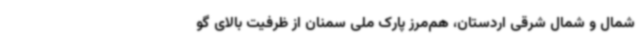
شمال و شمال شرقی اردستان، هم‌مرز پارک ملی سمنان از ظرفیت بالای گو